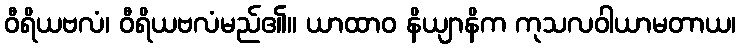
ဝီရိယဗလံ၊ ဝီရိယဗလံမည်၏။ ယာထာဝ နိယျာနိက ကုသလဝါယာမတာယ၊